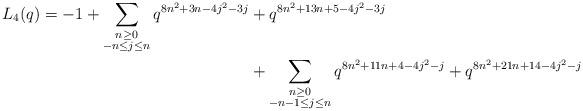
LaTeX: \begin{align*} \begin{aligned}L_4(q) = -1 + \sum_{\substack{n \geq 0 \\ -n \leq j \leq n}} q^{8n^2 + 3n - 4j^2 - 3j} & + q^{8n^2 + 13n + 5- 4j^2-3j} \\& + \sum_{\substack{n \geq 0 \\ -n-1 \leq j \leq n}} q^{8n^2 + 11n + 4 - 4j^2 -j} + q^{8n^2 + 21n + 14 - 4j^2 -j}\end{aligned}\end{align*}